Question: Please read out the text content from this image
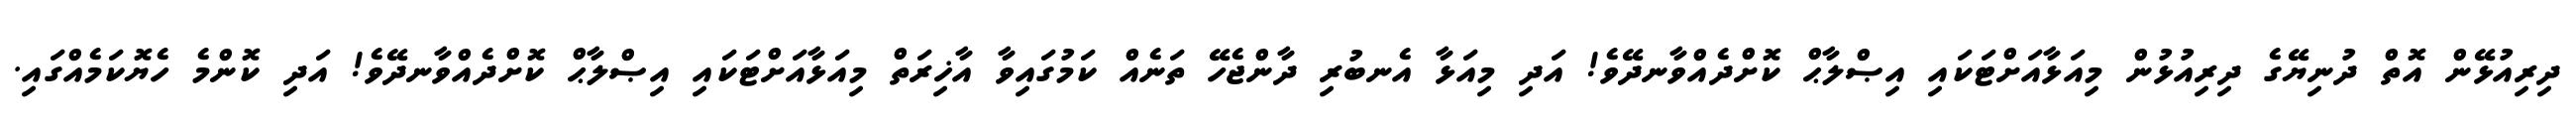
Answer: ދިރިއުޅޭން އޮތް ދުނިޔޭގެ ދިރިއުޅުން މިއަޅާއަށްޓަކައި އިޞްލާޙް ކޮށްދެއްވާނދޭވެ! އަދި މިއަޅާ އެނބުރި ދާންޖެހޭ ތަނެއް ކަމުގައިވާ އާޚިރަތް މިއަޅާއަށްޓަކައި އިޞްލާޙް ކޮށްދެއްވާނދޭވެ! އަދި ކޮންމެ ހެޔޮކަމެއްގައި.